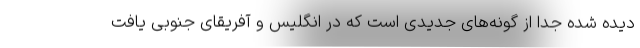
دیده شده جدا از گونه‌های جدیدی است که در انگلیس و آفریقای جنوبی یافت